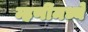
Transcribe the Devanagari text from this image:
म्हणींमध्ये